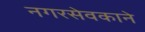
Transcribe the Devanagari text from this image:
नगरसेवकाने